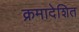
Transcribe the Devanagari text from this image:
क्रमादेशित